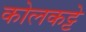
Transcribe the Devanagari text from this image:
कोलकट्टे